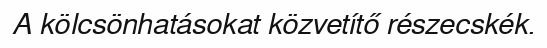
A kölcsönhatásokat közvetítő részecskék.